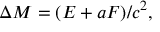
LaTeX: \Delta M = ( E + a F ) / c ^ { 2 } ,